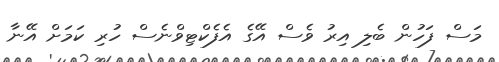
މަސް ފަހުން ބެލި އިރު ވެސް އޭގެ އެފެކްޓިވްނެސް ހުރި ކަމަށް އޭނާ